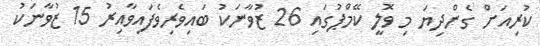
ކުރިއަށް ގެންދިޔަ މި ވޮލީ ކޭމްޕުގައި 26 ޒުވާނަކު ބައިވެރިވެފައިވާއިރު 15 ޒުވާނަކު